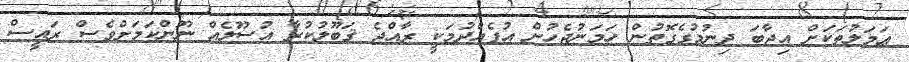
ޢަމަލުތަކަށް އިޖާބަ ދިނުމުގެގޮތުން ހަމަނުޖެހުން އުފެއްދުމަކީ ރާއްޖެ ޤަބޫލުކުރާ އުސޫލެއް ނޫންކަމަށްވެސް ރައީސް